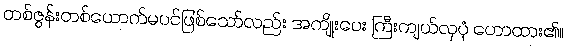
တစ်ဇွန်းတစ်ယောက်မပင်ဖြစ်သော်လည်း အကျိုးပေး ကြီးကျယ်လှပုံ ဟောထား၏။